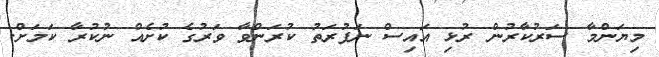
މިޔަންމާ ސަރުކާރުން ރުޅި އައިސް ނަފުރަތު ކުރަންވާ ވަރުގެ ކުށެއް ނުކުރާ ކަމަށް.